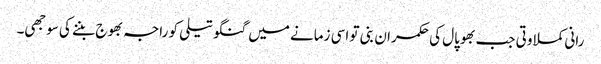
رانی کملا وتی جب بھوپال کی حکمران بنی تو اسی زمانے میں گنگو تیلی کو راجہ بھوج بننے کی سوجھی۔